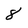
Character: 8